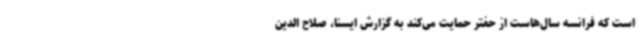
است که فرانسه سال‌هاست از حفتر حمایت می‌کند به گزارش ایسنا، صلاح الدین